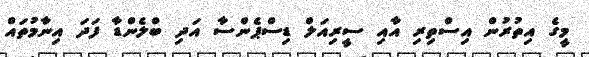
މީގެ އިތުރުން އިސްތިރި އާއި ސީރިއަލް ޑިސްޕެންސާ އަދި ބްލެންޑާ ފަދަ އިނާމުތައް